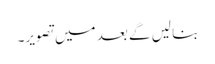
بنا لیں گے بعد میں تصویر۔